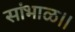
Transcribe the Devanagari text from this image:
सांभाळ।।